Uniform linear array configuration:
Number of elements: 8
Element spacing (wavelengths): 0.5
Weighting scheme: hamming
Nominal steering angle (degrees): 45
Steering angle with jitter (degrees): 46.038
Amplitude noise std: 0.05
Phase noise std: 0.05

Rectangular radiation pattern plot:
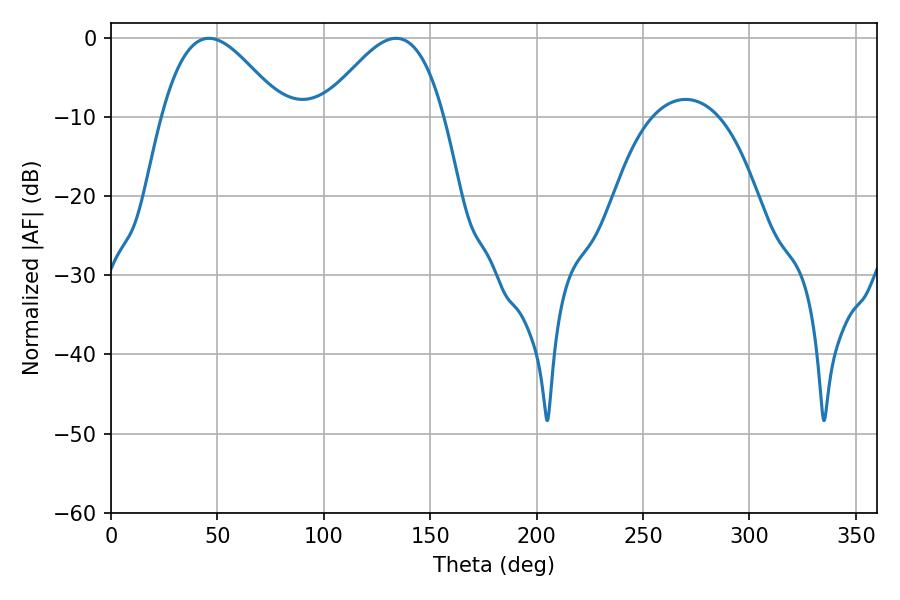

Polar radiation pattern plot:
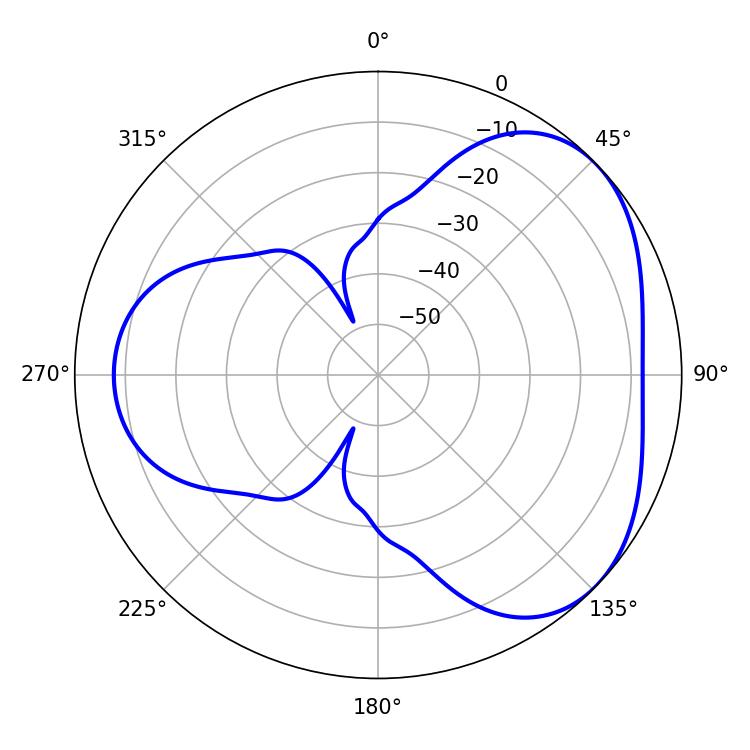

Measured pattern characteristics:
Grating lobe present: FALSE
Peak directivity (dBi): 3.936
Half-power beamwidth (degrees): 30.6
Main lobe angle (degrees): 46.08